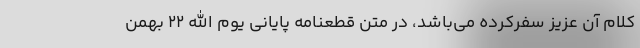
کلام آن عزیز سفرکرده می‌باشد، در متن قطعنامه پایانی یوم الله ۲۲ بهمن